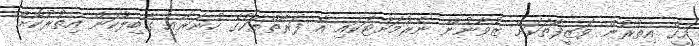
މީގެ އިތުރުން ވަޒީފާތަކަށް ޒުވާނުން ނެރުމަށްޓަކައި އެ ފަރާތްތަކުގެ ހުނަރާއި ގާބިލުކަން އިތުރުކޮށް